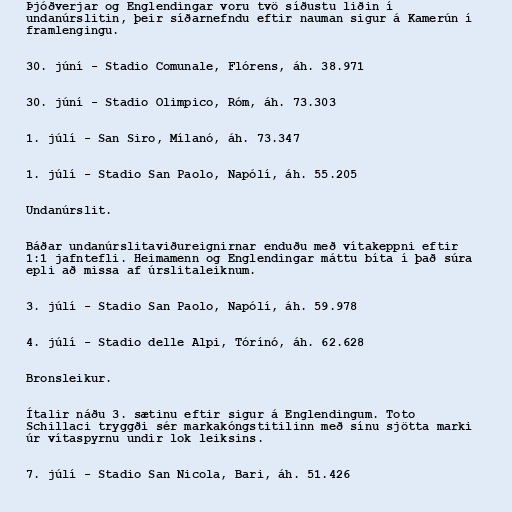
Þjóðverjar og Englendingar voru tvö síðustu liðin í
undanúrslitin, þeir síðarnefndu eftir nauman sigur á Kamerún í
framlengingu.

30. júní - Stadio Comunale, Flórens, áh. 38.971

30. júní - Stadio Olimpico, Róm, áh. 73.303

1. júlí - San Siro, Mílanó, áh. 73.347

1. júlí - Stadio San Paolo, Napólí, áh. 55.205

Undanúrslit.

Báðar undanúrslitaviðureignirnar enduðu með vítakeppni eftir
1:1 jafntefli. Heimamenn og Englendingar máttu bíta í það súra
epli að missa af úrslitaleiknum.

3. júlí - Stadio San Paolo, Napólí, áh. 59.978

4. júlí - Stadio delle Alpi, Tórínó, áh. 62.628

Bronsleikur.

Ítalir náðu 3. sætinu eftir sigur á Englendingum. Toto
Schillaci tryggði sér markakóngstitilinn með sínu sjötta marki
úr vítaspyrnu undir lok leiksins.

7. júlí - Stadio San Nicola, Bari, áh. 51.426